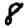
Digit: 8